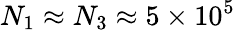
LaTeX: N_{1}\approx N_{3}\approx 5\times 10^{5}